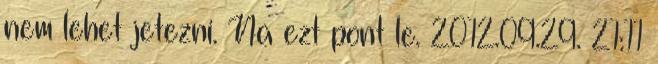
nem lehet jetezni. Na ezt pont le. 2012.09.29. 21:11